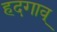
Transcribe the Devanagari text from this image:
हदगाव्